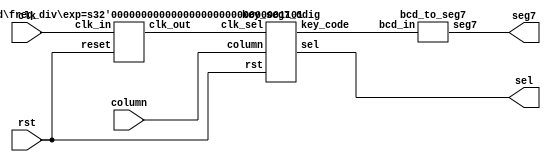
//(,)
module LAB_06 (clk, rst, column, sel, seg7);
input 	clk, rst;		//pin W16,C16
input	[2:0]column;	//pin AA13, AB12, Y16
output	[2:0]sel;		//pin AB10, AB11, AA12
output	[6:0]seg7;	//pin AB7, AA7, AB6, AB5, AA9, Y9, AB8 
wire 	clk_sel;
wire		[3:0]key_code;

freq_div#(13) M1(clk, rst, clk_sel);
key_seg7_6dig M2(clk_sel, rst, column, sel, key_code);
bcd_to_seg7   M3(key_code, seg7);
endmodule

module freq_div(clk_in, reset, clk_out);
parameter 	exp = 20;   
input 		clk_in, reset;
output 		clk_out;
reg 			[exp - 1:0]divider;
integer 		i;

assign clk_out = divider[exp - 1];
always@(posedge clk_in or posedge reset)begin	//
	if(reset)
		for(i = 0; i < exp; i = i + 1)
			divider[i] = 1'b0;
	else
		divider = divider + 1'b1;
end
endmodule

module key_seg7_6dig(clk_sel, rst, column, sel, key_code);
input 	clk_sel, rst;
input 	[2:0]column;
output 	[2:0]sel;
output 	[3:0]key_code;
wire 		press, press_valid;
wire 		[3:0]scan_code, key_code;
wire 		[23:0]display_code;

count6       M4(clk_sel, rst, sel);
key_decode   M5(sel, column, press, scan_code);
debounce_ctl M6(clk_sel, rst, press, press_valid);
key_buf6     M7(clk_sel, rst, press_valid, scan_code, display_code);
key_code_mux M8(display_code, sel, key_code);
endmodule

module count6(clk, reset, sel);  //
input 	clk, reset;
output 	[2:0]sel;
reg 		[2:0]sel;

always@(posedge clk or posedge reset)begin
	if(reset) begin
		sel <= 3'b0;
	end
	else if(sel == 3'b101) begin
		sel <= 3'b0;
	end
	else begin
		sel <= sel + 1;
	end
end
endmodule

module key_decode(sel, column, press, scan_code);
input		[2:0]sel;		//
input		[2:0]column;	//
output 	press;
output	[3:0]scan_code;
reg		[3:0]scan_code;
reg 		press;

always@(sel or column)begin
	case(sel)
		3'b000:
			case(column)
				3'b011: begin scan_code = 4'b0001; press = 1'b1;end   // 1
				3'b101: begin scan_code = 4'b0010; press = 1'b1;end   // 2
				3'b110: begin scan_code = 4'b0011; press = 1'b1;end   // 3
				default:begin scan_code = 4'b1111; press = 1'b0;end
			endcase
		3'b001:
			case(column)
				3'b011: begin scan_code = 4'b0100; press = 1'b1;end   // 4
				3'b101: begin scan_code = 4'b0101; press = 1'b1;end   // 5
				3'b110: begin scan_code = 4'b0110; press = 1'b1;end   // 6
				default:begin scan_code = 4'b1111; press = 1'b0;end
			endcase 
		3'b010:
			case(column)
				3'b011: begin scan_code = 4'b0111; press = 1'b1;end   // 7
				3'b101: begin scan_code = 4'b1000; press = 1'b1;end   // 8
				3'b110: begin scan_code = 4'b1001; press = 1'b1;end   // 9
				default:begin scan_code = 4'b1111; press = 1'b0;end
			endcase
		3'b011:
			case(column)
				3'b101: begin scan_code = 4'b0000; press = 1'b1;end   // 0
				default:begin scan_code = 4'b1111; press = 1'b0;end
			endcase
		default:begin
			scan_code = 4'b1111; press = 1'b0;end
	endcase
end
endmodule

module debounce_ctl (clk, rst, press, press_valid);  //
input		press, clk, rst;
output 	press_valid;
reg 		[5:0]gg;  //Bitcountcount6count6bit

assign press_valid = ~(gg[5] || (~press));
always@(posedge clk or posedge rst)begin
	if(rst)
		gg <= 6'b0;
	else
		gg <= {gg[4:0], press};
	end
endmodule

module key_buf6(clk, rst, press_valid, scan_code, display_code);  //
input 	clk, rst, press_valid;
input 	[3:0]scan_code;
output 	[23:0]display_code;
reg 		[23:0]display_code;

always@(posedge clk or posedge rst)begin
	if(rst)
		display_code = 24'hffffff;  //initial value
	else
		display_code = press_valid ? {display_code[19:0], scan_code} : display_code;  //{Left_shift_value} : Previous_ value;
	end
endmodule

module key_code_mux(display_code, sel, key_code);  //
input 	[23:0]display_code;
input 	[2:0]sel;
output 	[3:0]key_code;

assign key_code = (sel == 3'b101) ? display_code[3:0] :  //
	(sel== 3'b100) ? display_code[7:4]   :
	(sel== 3'b011) ? display_code[11:8]  :
	(sel== 3'b010) ? display_code[15:12] :
	(sel== 3'b001) ? display_code[19:16] :
	(sel== 3'b000) ? display_code[23:20] : 4'b1111;
endmodule

module bcd_to_seg7(bcd_in, seg7);
input 	[3:0]bcd_in;
output 	[6:0]seg7;
reg 		[6:0]seg7;

always@(bcd_in)begin
	case(bcd_in)  // abcdefg
		4'b0000:seg7 = 7'b1111110;  //0
		4'b0001:seg7 = 7'b0110000;  //1
		4'b0010:seg7 = 7'b1101101;  //2
		4'b0011:seg7 = 7'b1111001;  //3
		4'b0100:seg7 = 7'b0110011;  //4
		4'b0101:seg7 = 7'b1011011;  //5
		4'b0110:seg7 = 7'b1011111;  //6
		4'b0111:seg7 = 7'b1110000;  //7
		4'b1000:seg7 = 7'b1111111;  //8
		4'b1001:seg7 = 7'b1111011;  //9
		default:seg7 = 7'b0000000; 
	endcase
end
endmodule